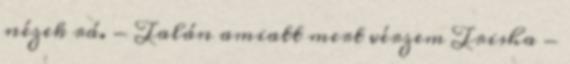
nézek rá. - Talán amiatt mert vérzem Trisha -